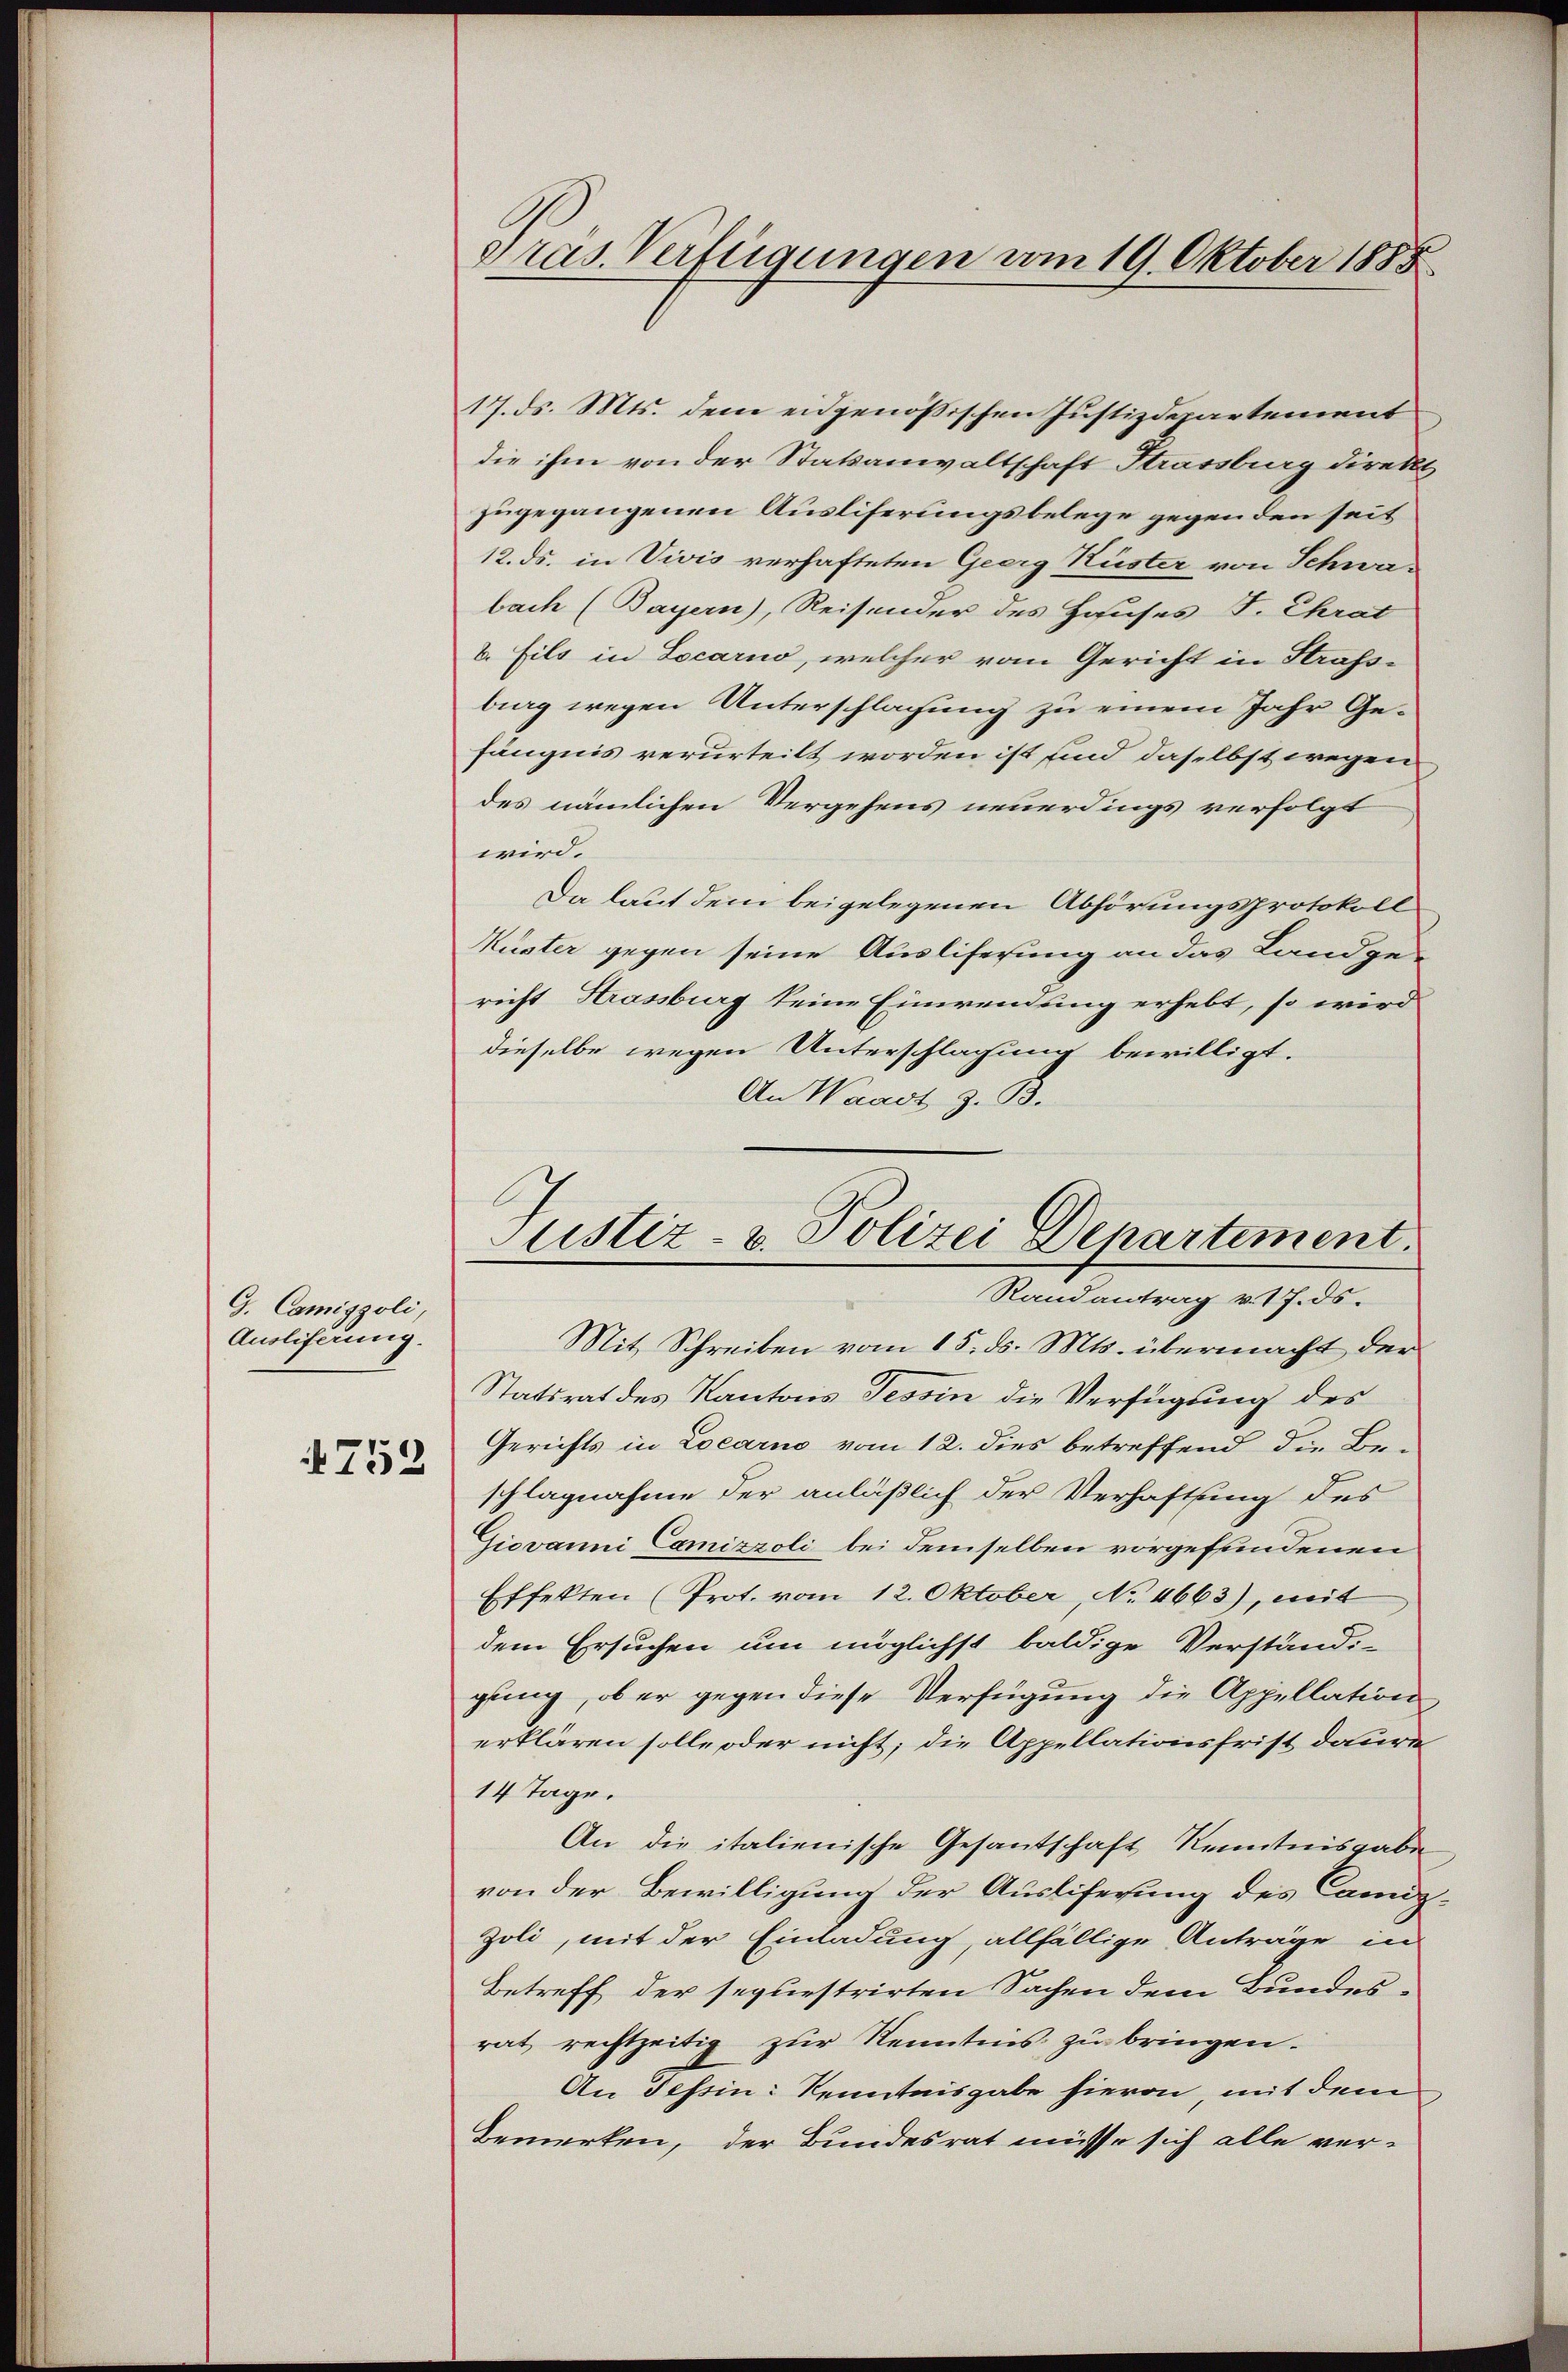
G. Camisoli,
Ausliferung.
4753

dräs. Verfügungen vom 19. Oktober 1888

17. ds. Mts. dem eidgenößischen Justizdepartement
die ihm von der Statsanwaltschaft Strassburg direkt
zugegangenen Ausliferungsbelege gegenden seit
12. ds. in Vivis verhafteten Georg Küster von Schwabach (Bayern), Reisender des Hauses J. Chrat
b. Fils in Locarno, welcher vom Gericht in Strasse
bieg wegen Unterschlagung zu einem Jahr Gefängnis verurteilt worden ist und daselbst wegen
des nämlichen Vergehens neuerdings verfolgt
wird.
Da laut dem beigelegenen Abhörungsprotokoll
Müster gegen seine Ausliferung an das Landge-
richt Krassburg keine Einwendung erhebt, so wird
dieselbe wegen Unterschlagung bewilligt.
An Waadt z. B.
Mit Schreiben vom 15. ds. Mts. übermacht der
Statsrat des Kantons Tessin die Verfügung des
Gerichts in Locarno vom 12. dies betreffend die Beschlagnahme der anläßlich der Verhaftung des
Giovanni Camizzoli bei demselben vorgefundenen
Effekten (Prot. vom 12. Oktober, No. 4663), mit
dem Ersuchen um möglichst baldige Verständi-
gung, ob er gegen diese Verfügung die Appellation
erklären solle oder nicht; die Appellationsfrist daure
14 Tage.
An die italienische Gesantschaft Kenntnisgaben
von der Bewilligung der Ausliferung des Camiz¬
Zoli, mit der Einladung, allfällige Anträge in
Betreff der sequestrirten Sachen dem Bundesrat rechtzeitig zur Kenntnis zu bringen.
An Tessin: Kenntnisgabe hievon, mit dem
bemerken, der Bundesrat müsse sich alle ver¬

Justiz- u. Polizei Departement.
Randantrag v. 17. ds.